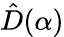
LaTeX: \hat{D}(\alpha)